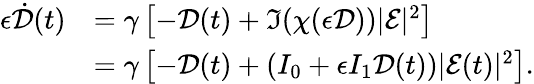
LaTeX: \begin{array}{rl}{\epsilon\dot{\mathcal{D}}(t)}&{=\gamma\left[-\mathcal{D}(t)+\Im(\chi(\epsilon\mathcal{D}))|\mathcal{E}|^{2}\right]}\\ &{=\gamma\left[-\mathcal{D}(t)+(I_{0}+\epsilon I_{1}\mathcal{D}(t))|\mathcal{E}(t)|^{2}\right].}\end{array}